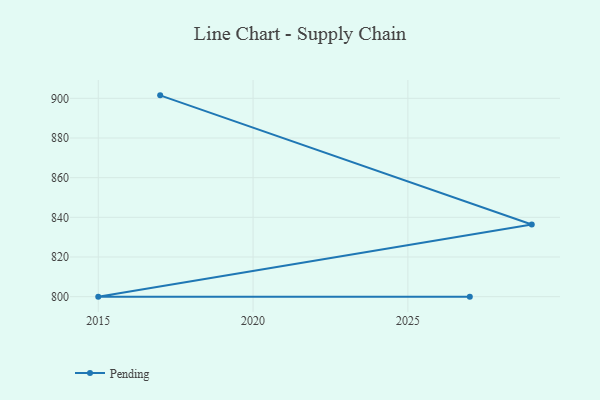
{"axis": {"x": "Year", "y": "Page Views"}, "legend": ["Pending"], "data": [{"x": "2017", "y": 901.5, "type": "Pending"}, {"x": "2029", "y": 836.4, "type": "Pending"}, {"x": "2015", "y": 800, "type": "Pending"}, {"x": "2027", "y": 800, "type": "Pending"}]}